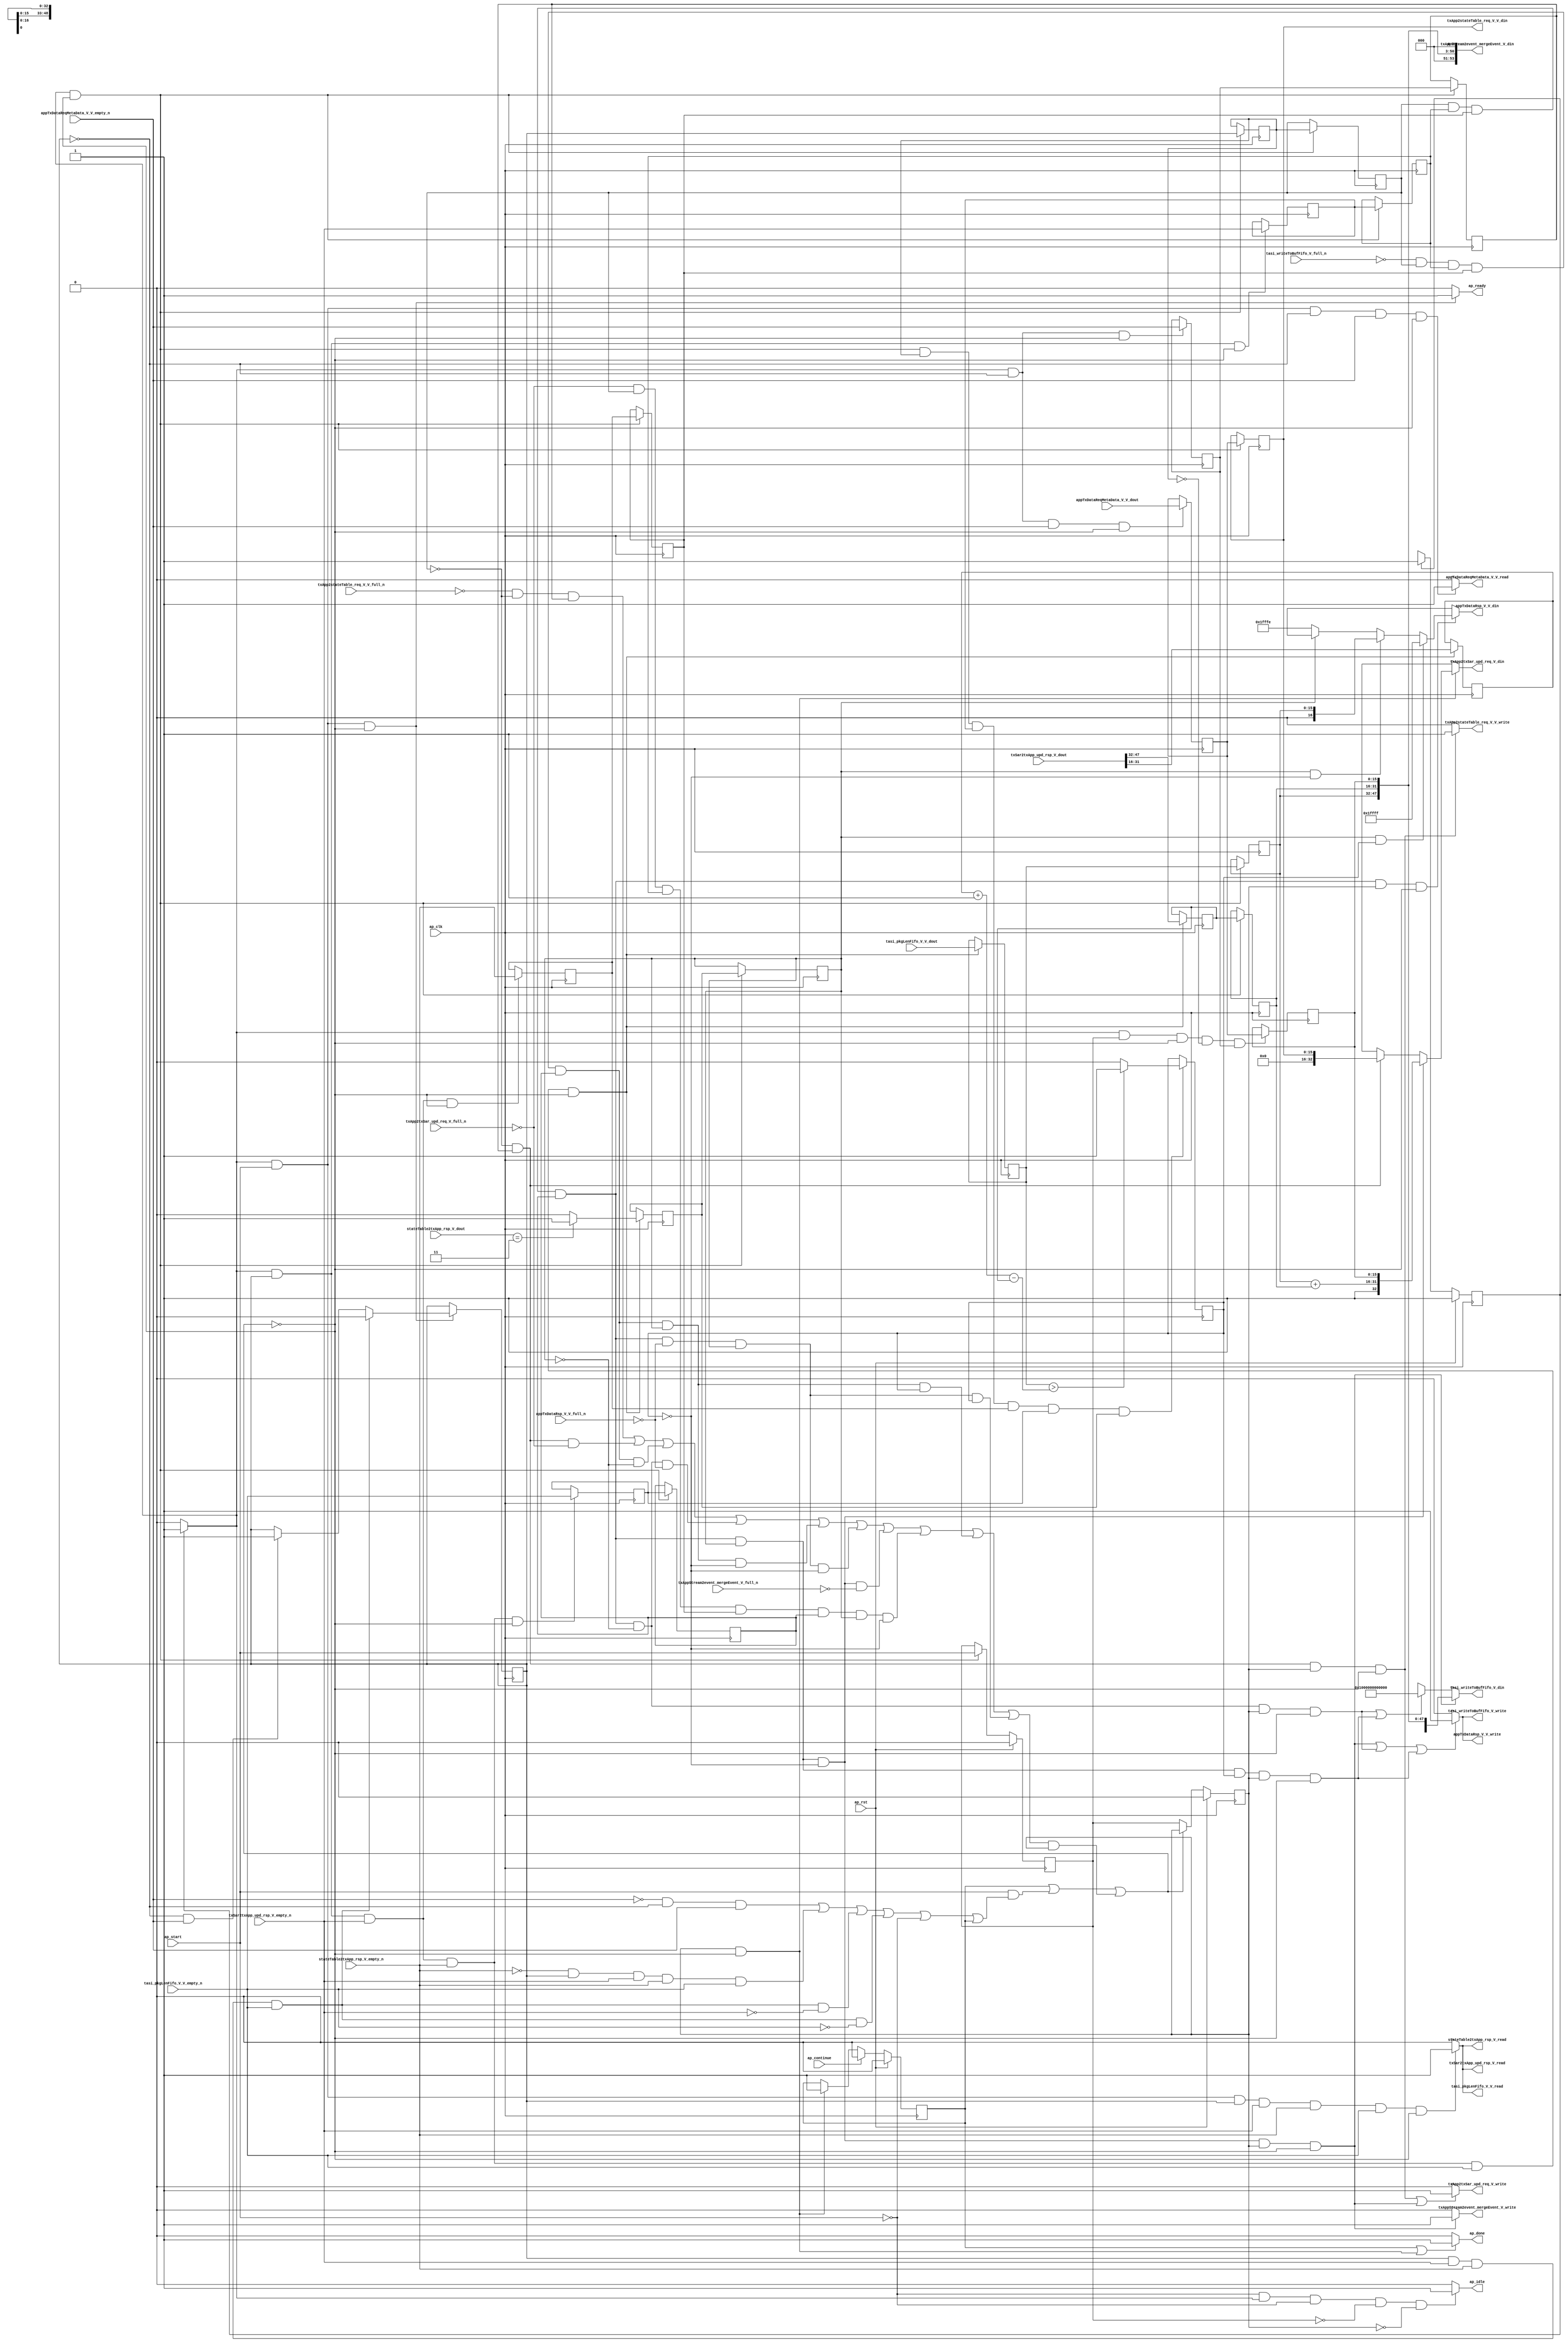
// ==============================================================
// RTL generated by Vivado(TM) HLS - High-Level Synthesis from C, C++ and SystemC
// Version: 2015.1
// Copyright (C) 2015 Xilinx Inc. All rights reserved.
// 
// ===========================================================

`timescale 1 ns / 1 ps 

module toe_tasi_metaLoader (
        ap_clk,
        ap_rst,
        ap_start,
        ap_done,
        ap_continue,
        ap_idle,
        ap_ready,
        appTxDataReqMetaData_V_V_dout,
        appTxDataReqMetaData_V_V_empty_n,
        appTxDataReqMetaData_V_V_read,
        stateTable2txApp_rsp_V_dout,
        stateTable2txApp_rsp_V_empty_n,
        stateTable2txApp_rsp_V_read,
        txSar2txApp_upd_rsp_V_dout,
        txSar2txApp_upd_rsp_V_empty_n,
        txSar2txApp_upd_rsp_V_read,
        tasi_pkgLenFifo_V_V_dout,
        tasi_pkgLenFifo_V_V_empty_n,
        tasi_pkgLenFifo_V_V_read,
        txApp2stateTable_req_V_V_din,
        txApp2stateTable_req_V_V_full_n,
        txApp2stateTable_req_V_V_write,
        txApp2txSar_upd_req_V_din,
        txApp2txSar_upd_req_V_full_n,
        txApp2txSar_upd_req_V_write,
        tasi_writeToBufFifo_V_din,
        tasi_writeToBufFifo_V_full_n,
        tasi_writeToBufFifo_V_write,
        appTxDataRsp_V_V_din,
        appTxDataRsp_V_V_full_n,
        appTxDataRsp_V_V_write,
        txAppStream2event_mergeEvent_V_din,
        txAppStream2event_mergeEvent_V_full_n,
        txAppStream2event_mergeEvent_V_write
);

parameter    ap_const_logic_1 = 1'b1;
parameter    ap_const_logic_0 = 1'b0;
parameter    ap_ST_pp0_stg0_fsm_0 = 1'b1;
parameter    ap_const_lv32_0 = 32'b00000000000000000000000000000000;
parameter    ap_const_lv1_1 = 1'b1;
parameter    ap_const_lv1_0 = 1'b0;
parameter    ap_const_lv49_1000000000000 = 49'b1000000000000000000000000000000000000000000000000;
parameter    ap_const_lv17_1FFFE = 17'b11111111111111110;
parameter    ap_const_lv17_1FFFF = 17'b11111111111111111;
parameter    ap_const_lv32_10 = 32'b10000;
parameter    ap_const_lv32_1F = 32'b11111;
parameter    ap_const_lv32_20 = 32'b100000;
parameter    ap_const_lv32_2F = 32'b101111;
parameter    ap_const_lv4_3 = 4'b11;
parameter    ap_const_lv16_FFFF = 16'b1111111111111111;
parameter    ap_const_lv17_0 = 17'b00000000000000000;
parameter    ap_const_lv3_0 = 3'b000;
parameter    ap_true = 1'b1;

input   ap_clk;
input   ap_rst;
input   ap_start;
output   ap_done;
input   ap_continue;
output   ap_idle;
output   ap_ready;
input  [15:0] appTxDataReqMetaData_V_V_dout;
input   appTxDataReqMetaData_V_V_empty_n;
output   appTxDataReqMetaData_V_V_read;
input  [3:0] stateTable2txApp_rsp_V_dout;
input   stateTable2txApp_rsp_V_empty_n;
output   stateTable2txApp_rsp_V_read;
input  [47:0] txSar2txApp_upd_rsp_V_dout;
input   txSar2txApp_upd_rsp_V_empty_n;
output   txSar2txApp_upd_rsp_V_read;
input  [15:0] tasi_pkgLenFifo_V_V_dout;
input   tasi_pkgLenFifo_V_V_empty_n;
output   tasi_pkgLenFifo_V_V_read;
output  [15:0] txApp2stateTable_req_V_V_din;
input   txApp2stateTable_req_V_V_full_n;
output   txApp2stateTable_req_V_V_write;
output  [32:0] txApp2txSar_upd_req_V_din;
input   txApp2txSar_upd_req_V_full_n;
output   txApp2txSar_upd_req_V_write;
output  [48:0] tasi_writeToBufFifo_V_din;
input   tasi_writeToBufFifo_V_full_n;
output   tasi_writeToBufFifo_V_write;
output  [16:0] appTxDataRsp_V_V_din;
input   appTxDataRsp_V_V_full_n;
output   appTxDataRsp_V_V_write;
output  [53:0] txAppStream2event_mergeEvent_V_din;
input   txAppStream2event_mergeEvent_V_full_n;
output   txAppStream2event_mergeEvent_V_write;

reg ap_done;
reg ap_idle;
reg ap_ready;
reg appTxDataReqMetaData_V_V_read;
reg stateTable2txApp_rsp_V_read;
reg txSar2txApp_upd_rsp_V_read;
reg tasi_pkgLenFifo_V_V_read;
reg txApp2stateTable_req_V_V_write;
reg[32:0] txApp2txSar_upd_req_V_din;
reg txApp2txSar_upd_req_V_write;
reg[48:0] tasi_writeToBufFifo_V_din;
reg tasi_writeToBufFifo_V_write;
reg[16:0] appTxDataRsp_V_V_din;
reg appTxDataRsp_V_V_write;
reg txAppStream2event_mergeEvent_V_write;
reg    ap_done_reg = 1'b0;
(* fsm_encoding = "none" *) reg   [0:0] ap_CS_fsm = 1'b1;
reg    ap_sig_cseq_ST_pp0_stg0_fsm_0;
reg    ap_sig_bdd_20;
wire    ap_reg_ppiten_pp0_it0;
reg    ap_reg_ppiten_pp0_it1 = 1'b0;
reg    ap_reg_ppiten_pp0_it2 = 1'b0;
wire   [0:0] tmp_nbreadreq_fu_182_p3;
wire   [0:0] tmp_55_nbreadreq_fu_196_p3;
wire   [0:0] tmp_56_nbreadreq_fu_204_p3;
wire   [0:0] tmp_57_nbreadreq_fu_212_p3;
reg    ap_sig_bdd_89;
reg   [0:0] tai_state_load_reg_394;
reg   [0:0] ap_reg_ppstg_tai_state_load_reg_394_pp0_it1;
reg   [0:0] tmp_reg_398;
reg   [0:0] ap_reg_ppstg_tmp_reg_398_pp0_it1;
reg   [0:0] tmp_55_reg_409;
reg   [0:0] ap_reg_ppstg_tmp_55_reg_409_pp0_it1;
reg   [0:0] tmp_56_reg_413;
reg   [0:0] ap_reg_ppstg_tmp_56_reg_413_pp0_it1;
reg   [0:0] tmp_57_reg_417;
reg   [0:0] ap_reg_ppstg_tmp_57_reg_417_pp0_it1;
reg   [0:0] tmp_79_reg_443;
reg   [0:0] ap_reg_ppstg_tmp_79_reg_443_pp0_it1;
reg   [0:0] tmp_80_reg_447;
reg    ap_sig_bdd_171;
reg   [0:0] tai_state = 1'b0;
reg   [15:0] tasi_writeSessionID_V = 16'b0000000000000000;
reg   [15:0] tmp_V_4_reg_402;
reg   [15:0] ap_reg_ppstg_tmp_V_4_reg_402_pp0_it1;
reg   [15:0] tmp_ackd_V_load_new_reg_421;
reg   [15:0] tmp_address_V_reg_426;
reg   [15:0] ap_reg_ppstg_tmp_address_V_reg_426_pp0_it1;
reg   [15:0] tmp_V_5_reg_434;
reg   [15:0] ap_reg_ppstg_tmp_V_5_reg_434_pp0_it1;
wire   [0:0] tmp_79_fu_307_p2;
wire   [0:0] tmp_80_fu_334_p2;
wire   [32:0] tmp44_fu_339_p3;
wire   [32:0] tmp_6_fu_383_p4;
wire   [48:0] tmp_4_fu_351_p5;
wire   [16:0] tmp_V_fu_362_p1;
wire   [15:0] tmp_s_fu_324_p2;
wire   [15:0] tmp_78_fu_329_p2;
wire   [15:0] tmp_mempt_V_fu_379_p2;
reg   [0:0] ap_NS_fsm;
reg    ap_sig_pprstidle_pp0;
reg    ap_sig_bdd_349;
reg    ap_sig_bdd_351;
reg    ap_sig_bdd_348;
reg    ap_sig_bdd_50;
reg    ap_sig_bdd_69;
reg    ap_sig_bdd_178;
reg    ap_sig_bdd_105;
reg    ap_sig_bdd_149;
reg    ap_sig_bdd_235;




/// the current state (ap_CS_fsm) of the state machine. ///
always @ (posedge ap_clk)
begin : ap_ret_ap_CS_fsm
    if (ap_rst == 1'b1) begin
        ap_CS_fsm <= ap_ST_pp0_stg0_fsm_0;
    end else begin
        ap_CS_fsm <= ap_NS_fsm;
    end
end

/// ap_done_reg assign process. ///
always @ (posedge ap_clk)
begin : ap_ret_ap_done_reg
    if (ap_rst == 1'b1) begin
        ap_done_reg <= ap_const_logic_0;
    end else begin
        if ((ap_const_logic_1 == ap_continue)) begin
            ap_done_reg <= ap_const_logic_0;
        end else if (((ap_const_logic_1 == ap_reg_ppiten_pp0_it2) & ~((ap_done_reg == ap_const_logic_1) | ((ap_const_logic_1 == ap_reg_ppiten_pp0_it0) & ap_sig_bdd_89) | (ap_sig_bdd_171 & (ap_const_logic_1 == ap_reg_ppiten_pp0_it2))))) begin
            ap_done_reg <= ap_const_logic_1;
        end
    end
end

/// ap_reg_ppiten_pp0_it1 assign process. ///
always @ (posedge ap_clk)
begin : ap_ret_ap_reg_ppiten_pp0_it1
    if (ap_rst == 1'b1) begin
        ap_reg_ppiten_pp0_it1 <= ap_const_logic_0;
    end else begin
        if (((ap_const_logic_1 == ap_sig_cseq_ST_pp0_stg0_fsm_0) & ~((ap_done_reg == ap_const_logic_1) | ((ap_const_logic_1 == ap_reg_ppiten_pp0_it0) & ap_sig_bdd_89) | (ap_sig_bdd_171 & (ap_const_logic_1 == ap_reg_ppiten_pp0_it2))))) begin
            ap_reg_ppiten_pp0_it1 <= ap_reg_ppiten_pp0_it0;
        end
    end
end

/// ap_reg_ppiten_pp0_it2 assign process. ///
always @ (posedge ap_clk)
begin : ap_ret_ap_reg_ppiten_pp0_it2
    if (ap_rst == 1'b1) begin
        ap_reg_ppiten_pp0_it2 <= ap_const_logic_0;
    end else begin
        if (~((ap_done_reg == ap_const_logic_1) | ((ap_const_logic_1 == ap_reg_ppiten_pp0_it0) & ap_sig_bdd_89) | (ap_sig_bdd_171 & (ap_const_logic_1 == ap_reg_ppiten_pp0_it2)))) begin
            ap_reg_ppiten_pp0_it2 <= ap_reg_ppiten_pp0_it1;
        end
    end
end

/// assign process. ///
always @(posedge ap_clk)
begin
    if (ap_sig_bdd_178) begin
        if (ap_sig_bdd_69) begin
            tai_state <= ap_const_lv1_0;
        end else if (ap_sig_bdd_50) begin
            tai_state <= ap_const_lv1_1;
        end
    end
end

/// assign process. ///
always @(posedge ap_clk)
begin
    if (((ap_const_logic_1 == ap_sig_cseq_ST_pp0_stg0_fsm_0) & ~((ap_done_reg == ap_const_logic_1) | ((ap_const_logic_1 == ap_reg_ppiten_pp0_it0) & ap_sig_bdd_89) | (ap_sig_bdd_171 & (ap_const_logic_1 == ap_reg_ppiten_pp0_it2))))) begin
        ap_reg_ppstg_tai_state_load_reg_394_pp0_it1 <= tai_state_load_reg_394;
        ap_reg_ppstg_tmp_55_reg_409_pp0_it1 <= tmp_55_reg_409;
        ap_reg_ppstg_tmp_56_reg_413_pp0_it1 <= tmp_56_reg_413;
        ap_reg_ppstg_tmp_57_reg_417_pp0_it1 <= tmp_57_reg_417;
        ap_reg_ppstg_tmp_79_reg_443_pp0_it1 <= tmp_79_reg_443;
        ap_reg_ppstg_tmp_V_4_reg_402_pp0_it1 <= tmp_V_4_reg_402;
        ap_reg_ppstg_tmp_V_5_reg_434_pp0_it1 <= tmp_V_5_reg_434;
        ap_reg_ppstg_tmp_address_V_reg_426_pp0_it1 <= tmp_address_V_reg_426;
        ap_reg_ppstg_tmp_reg_398_pp0_it1 <= tmp_reg_398;
        tai_state_load_reg_394 <= tai_state;
    end
end

/// assign process. ///
always @(posedge ap_clk)
begin
    if (((ap_const_logic_1 == ap_sig_cseq_ST_pp0_stg0_fsm_0) & (ap_const_logic_1 == ap_reg_ppiten_pp0_it1) & ~((ap_done_reg == ap_const_logic_1) | ((ap_const_logic_1 == ap_reg_ppiten_pp0_it0) & ap_sig_bdd_89) | (ap_sig_bdd_171 & (ap_const_logic_1 == ap_reg_ppiten_pp0_it2))) & (ap_const_lv1_0 == tai_state_load_reg_394) & ~(ap_const_lv1_0 == tmp_reg_398))) begin
        tasi_writeSessionID_V <= tmp_V_4_reg_402;
    end
end

/// assign process. ///
always @(posedge ap_clk)
begin
    if (((ap_const_logic_1 == ap_sig_cseq_ST_pp0_stg0_fsm_0) & ~(tai_state == ap_const_lv1_0) & ~((ap_done_reg == ap_const_logic_1) | ((ap_const_logic_1 == ap_reg_ppiten_pp0_it0) & ap_sig_bdd_89) | (ap_sig_bdd_171 & (ap_const_logic_1 == ap_reg_ppiten_pp0_it2))))) begin
        tmp_55_reg_409 <= tmp_55_nbreadreq_fu_196_p3;
    end
end

/// assign process. ///
always @(posedge ap_clk)
begin
    if (((ap_const_logic_1 == ap_sig_cseq_ST_pp0_stg0_fsm_0) & ~(tai_state == ap_const_lv1_0) & ~(ap_const_lv1_0 == tmp_55_nbreadreq_fu_196_p3) & ~((ap_done_reg == ap_const_logic_1) | ((ap_const_logic_1 == ap_reg_ppiten_pp0_it0) & ap_sig_bdd_89) | (ap_sig_bdd_171 & (ap_const_logic_1 == ap_reg_ppiten_pp0_it2))))) begin
        tmp_56_reg_413 <= tmp_56_nbreadreq_fu_204_p3;
    end
end

/// assign process. ///
always @(posedge ap_clk)
begin
    if (((ap_const_logic_1 == ap_sig_cseq_ST_pp0_stg0_fsm_0) & ~(tai_state == ap_const_lv1_0) & ~(ap_const_lv1_0 == tmp_55_nbreadreq_fu_196_p3) & ~(ap_const_lv1_0 == tmp_56_nbreadreq_fu_204_p3) & ~((ap_done_reg == ap_const_logic_1) | ((ap_const_logic_1 == ap_reg_ppiten_pp0_it0) & ap_sig_bdd_89) | (ap_sig_bdd_171 & (ap_const_logic_1 == ap_reg_ppiten_pp0_it2))))) begin
        tmp_57_reg_417 <= tmp_57_nbreadreq_fu_212_p3;
    end
end

/// assign process. ///
always @(posedge ap_clk)
begin
    if (((ap_const_logic_1 == ap_sig_cseq_ST_pp0_stg0_fsm_0) & ~(tai_state == ap_const_lv1_0) & ~(ap_const_lv1_0 == tmp_55_nbreadreq_fu_196_p3) & ~(ap_const_lv1_0 == tmp_56_nbreadreq_fu_204_p3) & ~(ap_const_lv1_0 == tmp_57_nbreadreq_fu_212_p3) & ~((ap_done_reg == ap_const_logic_1) | ((ap_const_logic_1 == ap_reg_ppiten_pp0_it0) & ap_sig_bdd_89) | (ap_sig_bdd_171 & (ap_const_logic_1 == ap_reg_ppiten_pp0_it2))))) begin
        tmp_79_reg_443 <= tmp_79_fu_307_p2;
        tmp_V_5_reg_434 <= tasi_pkgLenFifo_V_V_dout;
        tmp_ackd_V_load_new_reg_421 <= {{txSar2txApp_upd_rsp_V_dout[ap_const_lv32_1F : ap_const_lv32_10]}};
        tmp_address_V_reg_426 <= {{txSar2txApp_upd_rsp_V_dout[ap_const_lv32_2F : ap_const_lv32_20]}};
    end
end

/// assign process. ///
always @(posedge ap_clk)
begin
    if (((ap_const_logic_1 == ap_sig_cseq_ST_pp0_stg0_fsm_0) & ~((ap_done_reg == ap_const_logic_1) | ((ap_const_logic_1 == ap_reg_ppiten_pp0_it0) & ap_sig_bdd_89) | (ap_sig_bdd_171 & (ap_const_logic_1 == ap_reg_ppiten_pp0_it2))) & ~(ap_const_lv1_0 == tai_state_load_reg_394) & ~(ap_const_lv1_0 == tmp_55_reg_409) & ~(ap_const_lv1_0 == tmp_56_reg_413) & ~(ap_const_lv1_0 == tmp_57_reg_417) & ~(ap_const_lv1_0 == tmp_79_reg_443))) begin
        tmp_80_reg_447 <= tmp_80_fu_334_p2;
    end
end

/// assign process. ///
always @(posedge ap_clk)
begin
    if (((ap_const_logic_1 == ap_sig_cseq_ST_pp0_stg0_fsm_0) & (tai_state == ap_const_lv1_0) & ~(ap_const_lv1_0 == tmp_nbreadreq_fu_182_p3) & ~((ap_done_reg == ap_const_logic_1) | ((ap_const_logic_1 == ap_reg_ppiten_pp0_it0) & ap_sig_bdd_89) | (ap_sig_bdd_171 & (ap_const_logic_1 == ap_reg_ppiten_pp0_it2))))) begin
        tmp_V_4_reg_402 <= appTxDataReqMetaData_V_V_dout;
    end
end

/// assign process. ///
always @(posedge ap_clk)
begin
    if (((ap_const_logic_1 == ap_sig_cseq_ST_pp0_stg0_fsm_0) & (tai_state == ap_const_lv1_0) & ~((ap_done_reg == ap_const_logic_1) | ((ap_const_logic_1 == ap_reg_ppiten_pp0_it0) & ap_sig_bdd_89) | (ap_sig_bdd_171 & (ap_const_logic_1 == ap_reg_ppiten_pp0_it2))))) begin
        tmp_reg_398 <= tmp_nbreadreq_fu_182_p3;
    end
end

/// ap_done assign process. ///
always @ (ap_done_reg or ap_reg_ppiten_pp0_it0 or ap_reg_ppiten_pp0_it2 or ap_sig_bdd_89 or ap_sig_bdd_171)
begin
    if (((ap_const_logic_1 == ap_done_reg) | ((ap_const_logic_1 == ap_reg_ppiten_pp0_it2) & ~((ap_done_reg == ap_const_logic_1) | ((ap_const_logic_1 == ap_reg_ppiten_pp0_it0) & ap_sig_bdd_89) | (ap_sig_bdd_171 & (ap_const_logic_1 == ap_reg_ppiten_pp0_it2)))))) begin
        ap_done = ap_const_logic_1;
    end else begin
        ap_done = ap_const_logic_0;
    end
end

/// ap_idle assign process. ///
always @ (ap_start or ap_sig_cseq_ST_pp0_stg0_fsm_0 or ap_reg_ppiten_pp0_it0 or ap_reg_ppiten_pp0_it1 or ap_reg_ppiten_pp0_it2)
begin
    if ((~(ap_const_logic_1 == ap_start) & (ap_const_logic_1 == ap_sig_cseq_ST_pp0_stg0_fsm_0) & (ap_const_logic_0 == ap_reg_ppiten_pp0_it0) & (ap_const_logic_0 == ap_reg_ppiten_pp0_it1) & (ap_const_logic_0 == ap_reg_ppiten_pp0_it2))) begin
        ap_idle = ap_const_logic_1;
    end else begin
        ap_idle = ap_const_logic_0;
    end
end

/// ap_ready assign process. ///
always @ (ap_done_reg or ap_sig_cseq_ST_pp0_stg0_fsm_0 or ap_reg_ppiten_pp0_it0 or ap_reg_ppiten_pp0_it2 or ap_sig_bdd_89 or ap_sig_bdd_171)
begin
    if (((ap_const_logic_1 == ap_sig_cseq_ST_pp0_stg0_fsm_0) & (ap_const_logic_1 == ap_reg_ppiten_pp0_it0) & ~((ap_done_reg == ap_const_logic_1) | ((ap_const_logic_1 == ap_reg_ppiten_pp0_it0) & ap_sig_bdd_89) | (ap_sig_bdd_171 & (ap_const_logic_1 == ap_reg_ppiten_pp0_it2))))) begin
        ap_ready = ap_const_logic_1;
    end else begin
        ap_ready = ap_const_logic_0;
    end
end

/// ap_sig_cseq_ST_pp0_stg0_fsm_0 assign process. ///
always @ (ap_sig_bdd_20)
begin
    if (ap_sig_bdd_20) begin
        ap_sig_cseq_ST_pp0_stg0_fsm_0 = ap_const_logic_1;
    end else begin
        ap_sig_cseq_ST_pp0_stg0_fsm_0 = ap_const_logic_0;
    end
end

/// ap_sig_pprstidle_pp0 assign process. ///
always @ (ap_start or ap_reg_ppiten_pp0_it0 or ap_reg_ppiten_pp0_it1)
begin
    if (((ap_const_logic_0 == ap_reg_ppiten_pp0_it0) & (ap_const_logic_0 == ap_reg_ppiten_pp0_it1) & (ap_const_logic_0 == ap_start))) begin
        ap_sig_pprstidle_pp0 = ap_const_logic_1;
    end else begin
        ap_sig_pprstidle_pp0 = ap_const_logic_0;
    end
end

/// appTxDataReqMetaData_V_V_read assign process. ///
always @ (ap_done_reg or ap_sig_cseq_ST_pp0_stg0_fsm_0 or ap_reg_ppiten_pp0_it0 or ap_reg_ppiten_pp0_it2 or tmp_nbreadreq_fu_182_p3 or ap_sig_bdd_89 or ap_sig_bdd_171 or tai_state)
begin
    if (((ap_const_logic_1 == ap_sig_cseq_ST_pp0_stg0_fsm_0) & (ap_const_logic_1 == ap_reg_ppiten_pp0_it0) & (tai_state == ap_const_lv1_0) & ~(ap_const_lv1_0 == tmp_nbreadreq_fu_182_p3) & ~((ap_done_reg == ap_const_logic_1) | ((ap_const_logic_1 == ap_reg_ppiten_pp0_it0) & ap_sig_bdd_89) | (ap_sig_bdd_171 & (ap_const_logic_1 == ap_reg_ppiten_pp0_it2))))) begin
        appTxDataReqMetaData_V_V_read = ap_const_logic_1;
    end else begin
        appTxDataReqMetaData_V_V_read = ap_const_logic_0;
    end
end

/// appTxDataRsp_V_V_din assign process. ///
always @ (ap_reg_ppstg_tmp_79_reg_443_pp0_it1 or tmp_V_fu_362_p1 or ap_sig_bdd_349 or ap_sig_bdd_351 or ap_sig_bdd_348)
begin
    if (ap_sig_bdd_348) begin
        if (ap_sig_bdd_351) begin
            appTxDataRsp_V_V_din = ap_const_lv17_1FFFF;
        end else if (ap_sig_bdd_349) begin
            appTxDataRsp_V_V_din = tmp_V_fu_362_p1;
        end else if ((ap_const_lv1_0 == ap_reg_ppstg_tmp_79_reg_443_pp0_it1)) begin
            appTxDataRsp_V_V_din = ap_const_lv17_1FFFE;
        end else begin
            appTxDataRsp_V_V_din = 'bx;
        end
    end else begin
        appTxDataRsp_V_V_din = 'bx;
    end
end

/// appTxDataRsp_V_V_write assign process. ///
always @ (ap_done_reg or ap_reg_ppiten_pp0_it0 or ap_reg_ppiten_pp0_it2 or ap_sig_bdd_89 or ap_reg_ppstg_tai_state_load_reg_394_pp0_it1 or ap_reg_ppstg_tmp_55_reg_409_pp0_it1 or ap_reg_ppstg_tmp_56_reg_413_pp0_it1 or ap_reg_ppstg_tmp_57_reg_417_pp0_it1 or ap_reg_ppstg_tmp_79_reg_443_pp0_it1 or tmp_80_reg_447 or ap_sig_bdd_171)
begin
    if (((~(ap_const_lv1_0 == ap_reg_ppstg_tai_state_load_reg_394_pp0_it1) & ~(ap_const_lv1_0 == ap_reg_ppstg_tmp_55_reg_409_pp0_it1) & ~(ap_const_lv1_0 == ap_reg_ppstg_tmp_56_reg_413_pp0_it1) & ~(ap_const_lv1_0 == ap_reg_ppstg_tmp_57_reg_417_pp0_it1) & ~(ap_const_lv1_0 == ap_reg_ppstg_tmp_79_reg_443_pp0_it1) & (ap_const_lv1_0 == tmp_80_reg_447) & (ap_const_logic_1 == ap_reg_ppiten_pp0_it2) & ~((ap_done_reg == ap_const_logic_1) | ((ap_const_logic_1 == ap_reg_ppiten_pp0_it0) & ap_sig_bdd_89) | (ap_sig_bdd_171 & (ap_const_logic_1 == ap_reg_ppiten_pp0_it2)))) | (~(ap_const_lv1_0 == ap_reg_ppstg_tai_state_load_reg_394_pp0_it1) & ~(ap_const_lv1_0 == ap_reg_ppstg_tmp_55_reg_409_pp0_it1) & ~(ap_const_lv1_0 == ap_reg_ppstg_tmp_56_reg_413_pp0_it1) & ~(ap_const_lv1_0 == ap_reg_ppstg_tmp_57_reg_417_pp0_it1) & (ap_const_lv1_0 == ap_reg_ppstg_tmp_79_reg_443_pp0_it1) & (ap_const_logic_1 == ap_reg_ppiten_pp0_it2) & ~((ap_done_reg == ap_const_logic_1) | ((ap_const_logic_1 == ap_reg_ppiten_pp0_it0) & ap_sig_bdd_89) | (ap_sig_bdd_171 & (ap_const_logic_1 == ap_reg_ppiten_pp0_it2)))) | (~(ap_const_lv1_0 == ap_reg_ppstg_tai_state_load_reg_394_pp0_it1) & ~(ap_const_lv1_0 == ap_reg_ppstg_tmp_55_reg_409_pp0_it1) & ~(ap_const_lv1_0 == ap_reg_ppstg_tmp_56_reg_413_pp0_it1) & ~(ap_const_lv1_0 == ap_reg_ppstg_tmp_57_reg_417_pp0_it1) & ~(ap_const_lv1_0 == ap_reg_ppstg_tmp_79_reg_443_pp0_it1) & ~(ap_const_lv1_0 == tmp_80_reg_447) & (ap_const_logic_1 == ap_reg_ppiten_pp0_it2) & ~((ap_done_reg == ap_const_logic_1) | ((ap_const_logic_1 == ap_reg_ppiten_pp0_it0) & ap_sig_bdd_89) | (ap_sig_bdd_171 & (ap_const_logic_1 == ap_reg_ppiten_pp0_it2)))))) begin
        appTxDataRsp_V_V_write = ap_const_logic_1;
    end else begin
        appTxDataRsp_V_V_write = ap_const_logic_0;
    end
end

/// stateTable2txApp_rsp_V_read assign process. ///
always @ (ap_done_reg or ap_sig_cseq_ST_pp0_stg0_fsm_0 or ap_reg_ppiten_pp0_it0 or ap_reg_ppiten_pp0_it2 or tmp_55_nbreadreq_fu_196_p3 or tmp_56_nbreadreq_fu_204_p3 or tmp_57_nbreadreq_fu_212_p3 or ap_sig_bdd_89 or ap_sig_bdd_171 or tai_state)
begin
    if (((ap_const_logic_1 == ap_sig_cseq_ST_pp0_stg0_fsm_0) & (ap_const_logic_1 == ap_reg_ppiten_pp0_it0) & ~(tai_state == ap_const_lv1_0) & ~(ap_const_lv1_0 == tmp_55_nbreadreq_fu_196_p3) & ~(ap_const_lv1_0 == tmp_56_nbreadreq_fu_204_p3) & ~(ap_const_lv1_0 == tmp_57_nbreadreq_fu_212_p3) & ~((ap_done_reg == ap_const_logic_1) | ((ap_const_logic_1 == ap_reg_ppiten_pp0_it0) & ap_sig_bdd_89) | (ap_sig_bdd_171 & (ap_const_logic_1 == ap_reg_ppiten_pp0_it2))))) begin
        stateTable2txApp_rsp_V_read = ap_const_logic_1;
    end else begin
        stateTable2txApp_rsp_V_read = ap_const_logic_0;
    end
end

/// tasi_pkgLenFifo_V_V_read assign process. ///
always @ (ap_done_reg or ap_sig_cseq_ST_pp0_stg0_fsm_0 or ap_reg_ppiten_pp0_it0 or ap_reg_ppiten_pp0_it2 or tmp_55_nbreadreq_fu_196_p3 or tmp_56_nbreadreq_fu_204_p3 or tmp_57_nbreadreq_fu_212_p3 or ap_sig_bdd_89 or ap_sig_bdd_171 or tai_state)
begin
    if (((ap_const_logic_1 == ap_sig_cseq_ST_pp0_stg0_fsm_0) & (ap_const_logic_1 == ap_reg_ppiten_pp0_it0) & ~(tai_state == ap_const_lv1_0) & ~(ap_const_lv1_0 == tmp_55_nbreadreq_fu_196_p3) & ~(ap_const_lv1_0 == tmp_56_nbreadreq_fu_204_p3) & ~(ap_const_lv1_0 == tmp_57_nbreadreq_fu_212_p3) & ~((ap_done_reg == ap_const_logic_1) | ((ap_const_logic_1 == ap_reg_ppiten_pp0_it0) & ap_sig_bdd_89) | (ap_sig_bdd_171 & (ap_const_logic_1 == ap_reg_ppiten_pp0_it2))))) begin
        tasi_pkgLenFifo_V_V_read = ap_const_logic_1;
    end else begin
        tasi_pkgLenFifo_V_V_read = ap_const_logic_0;
    end
end

/// tasi_writeToBufFifo_V_din assign process. ///
always @ (ap_done_reg or ap_reg_ppiten_pp0_it0 or ap_reg_ppiten_pp0_it2 or ap_sig_bdd_89 or ap_reg_ppstg_tai_state_load_reg_394_pp0_it1 or ap_reg_ppstg_tmp_55_reg_409_pp0_it1 or ap_reg_ppstg_tmp_56_reg_413_pp0_it1 or ap_reg_ppstg_tmp_57_reg_417_pp0_it1 or ap_reg_ppstg_tmp_79_reg_443_pp0_it1 or tmp_80_reg_447 or ap_sig_bdd_171 or tmp_4_fu_351_p5)
begin
    if ((~(ap_const_lv1_0 == ap_reg_ppstg_tai_state_load_reg_394_pp0_it1) & ~(ap_const_lv1_0 == ap_reg_ppstg_tmp_55_reg_409_pp0_it1) & ~(ap_const_lv1_0 == ap_reg_ppstg_tmp_56_reg_413_pp0_it1) & ~(ap_const_lv1_0 == ap_reg_ppstg_tmp_57_reg_417_pp0_it1) & ~(ap_const_lv1_0 == ap_reg_ppstg_tmp_79_reg_443_pp0_it1) & (ap_const_lv1_0 == tmp_80_reg_447) & (ap_const_logic_1 == ap_reg_ppiten_pp0_it2) & ~((ap_done_reg == ap_const_logic_1) | ((ap_const_logic_1 == ap_reg_ppiten_pp0_it0) & ap_sig_bdd_89) | (ap_sig_bdd_171 & (ap_const_logic_1 == ap_reg_ppiten_pp0_it2))))) begin
        tasi_writeToBufFifo_V_din = tmp_4_fu_351_p5;
    end else if (((~(ap_const_lv1_0 == ap_reg_ppstg_tai_state_load_reg_394_pp0_it1) & ~(ap_const_lv1_0 == ap_reg_ppstg_tmp_55_reg_409_pp0_it1) & ~(ap_const_lv1_0 == ap_reg_ppstg_tmp_56_reg_413_pp0_it1) & ~(ap_const_lv1_0 == ap_reg_ppstg_tmp_57_reg_417_pp0_it1) & (ap_const_lv1_0 == ap_reg_ppstg_tmp_79_reg_443_pp0_it1) & (ap_const_logic_1 == ap_reg_ppiten_pp0_it2) & ~((ap_done_reg == ap_const_logic_1) | ((ap_const_logic_1 == ap_reg_ppiten_pp0_it0) & ap_sig_bdd_89) | (ap_sig_bdd_171 & (ap_const_logic_1 == ap_reg_ppiten_pp0_it2)))) | (~(ap_const_lv1_0 == ap_reg_ppstg_tai_state_load_reg_394_pp0_it1) & ~(ap_const_lv1_0 == ap_reg_ppstg_tmp_55_reg_409_pp0_it1) & ~(ap_const_lv1_0 == ap_reg_ppstg_tmp_56_reg_413_pp0_it1) & ~(ap_const_lv1_0 == ap_reg_ppstg_tmp_57_reg_417_pp0_it1) & ~(ap_const_lv1_0 == ap_reg_ppstg_tmp_79_reg_443_pp0_it1) & ~(ap_const_lv1_0 == tmp_80_reg_447) & (ap_const_logic_1 == ap_reg_ppiten_pp0_it2) & ~((ap_done_reg == ap_const_logic_1) | ((ap_const_logic_1 == ap_reg_ppiten_pp0_it0) & ap_sig_bdd_89) | (ap_sig_bdd_171 & (ap_const_logic_1 == ap_reg_ppiten_pp0_it2)))))) begin
        tasi_writeToBufFifo_V_din = ap_const_lv49_1000000000000;
    end else begin
        tasi_writeToBufFifo_V_din = 'bx;
    end
end

/// tasi_writeToBufFifo_V_write assign process. ///
always @ (ap_done_reg or ap_reg_ppiten_pp0_it0 or ap_reg_ppiten_pp0_it2 or ap_sig_bdd_89 or ap_reg_ppstg_tai_state_load_reg_394_pp0_it1 or ap_reg_ppstg_tmp_55_reg_409_pp0_it1 or ap_reg_ppstg_tmp_56_reg_413_pp0_it1 or ap_reg_ppstg_tmp_57_reg_417_pp0_it1 or ap_reg_ppstg_tmp_79_reg_443_pp0_it1 or tmp_80_reg_447 or ap_sig_bdd_171)
begin
    if (((~(ap_const_lv1_0 == ap_reg_ppstg_tai_state_load_reg_394_pp0_it1) & ~(ap_const_lv1_0 == ap_reg_ppstg_tmp_55_reg_409_pp0_it1) & ~(ap_const_lv1_0 == ap_reg_ppstg_tmp_56_reg_413_pp0_it1) & ~(ap_const_lv1_0 == ap_reg_ppstg_tmp_57_reg_417_pp0_it1) & ~(ap_const_lv1_0 == ap_reg_ppstg_tmp_79_reg_443_pp0_it1) & (ap_const_lv1_0 == tmp_80_reg_447) & (ap_const_logic_1 == ap_reg_ppiten_pp0_it2) & ~((ap_done_reg == ap_const_logic_1) | ((ap_const_logic_1 == ap_reg_ppiten_pp0_it0) & ap_sig_bdd_89) | (ap_sig_bdd_171 & (ap_const_logic_1 == ap_reg_ppiten_pp0_it2)))) | (~(ap_const_lv1_0 == ap_reg_ppstg_tai_state_load_reg_394_pp0_it1) & ~(ap_const_lv1_0 == ap_reg_ppstg_tmp_55_reg_409_pp0_it1) & ~(ap_const_lv1_0 == ap_reg_ppstg_tmp_56_reg_413_pp0_it1) & ~(ap_const_lv1_0 == ap_reg_ppstg_tmp_57_reg_417_pp0_it1) & (ap_const_lv1_0 == ap_reg_ppstg_tmp_79_reg_443_pp0_it1) & (ap_const_logic_1 == ap_reg_ppiten_pp0_it2) & ~((ap_done_reg == ap_const_logic_1) | ((ap_const_logic_1 == ap_reg_ppiten_pp0_it0) & ap_sig_bdd_89) | (ap_sig_bdd_171 & (ap_const_logic_1 == ap_reg_ppiten_pp0_it2)))) | (~(ap_const_lv1_0 == ap_reg_ppstg_tai_state_load_reg_394_pp0_it1) & ~(ap_const_lv1_0 == ap_reg_ppstg_tmp_55_reg_409_pp0_it1) & ~(ap_const_lv1_0 == ap_reg_ppstg_tmp_56_reg_413_pp0_it1) & ~(ap_const_lv1_0 == ap_reg_ppstg_tmp_57_reg_417_pp0_it1) & ~(ap_const_lv1_0 == ap_reg_ppstg_tmp_79_reg_443_pp0_it1) & ~(ap_const_lv1_0 == tmp_80_reg_447) & (ap_const_logic_1 == ap_reg_ppiten_pp0_it2) & ~((ap_done_reg == ap_const_logic_1) | ((ap_const_logic_1 == ap_reg_ppiten_pp0_it0) & ap_sig_bdd_89) | (ap_sig_bdd_171 & (ap_const_logic_1 == ap_reg_ppiten_pp0_it2)))))) begin
        tasi_writeToBufFifo_V_write = ap_const_logic_1;
    end else begin
        tasi_writeToBufFifo_V_write = ap_const_logic_0;
    end
end

/// txApp2stateTable_req_V_V_write assign process. ///
always @ (ap_done_reg or ap_reg_ppiten_pp0_it0 or ap_reg_ppiten_pp0_it2 or ap_sig_bdd_89 or ap_reg_ppstg_tai_state_load_reg_394_pp0_it1 or ap_reg_ppstg_tmp_reg_398_pp0_it1 or ap_sig_bdd_171)
begin
    if (((ap_const_lv1_0 == ap_reg_ppstg_tai_state_load_reg_394_pp0_it1) & ~(ap_const_lv1_0 == ap_reg_ppstg_tmp_reg_398_pp0_it1) & (ap_const_logic_1 == ap_reg_ppiten_pp0_it2) & ~((ap_done_reg == ap_const_logic_1) | ((ap_const_logic_1 == ap_reg_ppiten_pp0_it0) & ap_sig_bdd_89) | (ap_sig_bdd_171 & (ap_const_logic_1 == ap_reg_ppiten_pp0_it2))))) begin
        txApp2stateTable_req_V_V_write = ap_const_logic_1;
    end else begin
        txApp2stateTable_req_V_V_write = ap_const_logic_0;
    end
end

/// txApp2txSar_upd_req_V_din assign process. ///
always @ (tmp44_fu_339_p3 or tmp_6_fu_383_p4 or ap_sig_bdd_105 or ap_sig_bdd_149 or ap_sig_bdd_235)
begin
    if (ap_sig_bdd_235) begin
        if (ap_sig_bdd_149) begin
            txApp2txSar_upd_req_V_din = tmp_6_fu_383_p4;
        end else if (ap_sig_bdd_105) begin
            txApp2txSar_upd_req_V_din = tmp44_fu_339_p3;
        end else begin
            txApp2txSar_upd_req_V_din = 'bx;
        end
    end else begin
        txApp2txSar_upd_req_V_din = 'bx;
    end
end

/// txApp2txSar_upd_req_V_write assign process. ///
always @ (ap_done_reg or ap_reg_ppiten_pp0_it0 or ap_reg_ppiten_pp0_it2 or ap_sig_bdd_89 or ap_reg_ppstg_tai_state_load_reg_394_pp0_it1 or ap_reg_ppstg_tmp_reg_398_pp0_it1 or ap_reg_ppstg_tmp_55_reg_409_pp0_it1 or ap_reg_ppstg_tmp_56_reg_413_pp0_it1 or ap_reg_ppstg_tmp_57_reg_417_pp0_it1 or ap_reg_ppstg_tmp_79_reg_443_pp0_it1 or tmp_80_reg_447 or ap_sig_bdd_171)
begin
    if ((((ap_const_lv1_0 == ap_reg_ppstg_tai_state_load_reg_394_pp0_it1) & ~(ap_const_lv1_0 == ap_reg_ppstg_tmp_reg_398_pp0_it1) & (ap_const_logic_1 == ap_reg_ppiten_pp0_it2) & ~((ap_done_reg == ap_const_logic_1) | ((ap_const_logic_1 == ap_reg_ppiten_pp0_it0) & ap_sig_bdd_89) | (ap_sig_bdd_171 & (ap_const_logic_1 == ap_reg_ppiten_pp0_it2)))) | (~(ap_const_lv1_0 == ap_reg_ppstg_tai_state_load_reg_394_pp0_it1) & ~(ap_const_lv1_0 == ap_reg_ppstg_tmp_55_reg_409_pp0_it1) & ~(ap_const_lv1_0 == ap_reg_ppstg_tmp_56_reg_413_pp0_it1) & ~(ap_const_lv1_0 == ap_reg_ppstg_tmp_57_reg_417_pp0_it1) & ~(ap_const_lv1_0 == ap_reg_ppstg_tmp_79_reg_443_pp0_it1) & (ap_const_lv1_0 == tmp_80_reg_447) & (ap_const_logic_1 == ap_reg_ppiten_pp0_it2) & ~((ap_done_reg == ap_const_logic_1) | ((ap_const_logic_1 == ap_reg_ppiten_pp0_it0) & ap_sig_bdd_89) | (ap_sig_bdd_171 & (ap_const_logic_1 == ap_reg_ppiten_pp0_it2)))))) begin
        txApp2txSar_upd_req_V_write = ap_const_logic_1;
    end else begin
        txApp2txSar_upd_req_V_write = ap_const_logic_0;
    end
end

/// txAppStream2event_mergeEvent_V_write assign process. ///
always @ (ap_done_reg or ap_reg_ppiten_pp0_it0 or ap_reg_ppiten_pp0_it2 or ap_sig_bdd_89 or ap_reg_ppstg_tai_state_load_reg_394_pp0_it1 or ap_reg_ppstg_tmp_55_reg_409_pp0_it1 or ap_reg_ppstg_tmp_56_reg_413_pp0_it1 or ap_reg_ppstg_tmp_57_reg_417_pp0_it1 or ap_reg_ppstg_tmp_79_reg_443_pp0_it1 or tmp_80_reg_447 or ap_sig_bdd_171)
begin
    if ((~(ap_const_lv1_0 == ap_reg_ppstg_tai_state_load_reg_394_pp0_it1) & ~(ap_const_lv1_0 == ap_reg_ppstg_tmp_55_reg_409_pp0_it1) & ~(ap_const_lv1_0 == ap_reg_ppstg_tmp_56_reg_413_pp0_it1) & ~(ap_const_lv1_0 == ap_reg_ppstg_tmp_57_reg_417_pp0_it1) & ~(ap_const_lv1_0 == ap_reg_ppstg_tmp_79_reg_443_pp0_it1) & (ap_const_lv1_0 == tmp_80_reg_447) & (ap_const_logic_1 == ap_reg_ppiten_pp0_it2) & ~((ap_done_reg == ap_const_logic_1) | ((ap_const_logic_1 == ap_reg_ppiten_pp0_it0) & ap_sig_bdd_89) | (ap_sig_bdd_171 & (ap_const_logic_1 == ap_reg_ppiten_pp0_it2))))) begin
        txAppStream2event_mergeEvent_V_write = ap_const_logic_1;
    end else begin
        txAppStream2event_mergeEvent_V_write = ap_const_logic_0;
    end
end

/// txSar2txApp_upd_rsp_V_read assign process. ///
always @ (ap_done_reg or ap_sig_cseq_ST_pp0_stg0_fsm_0 or ap_reg_ppiten_pp0_it0 or ap_reg_ppiten_pp0_it2 or tmp_55_nbreadreq_fu_196_p3 or tmp_56_nbreadreq_fu_204_p3 or tmp_57_nbreadreq_fu_212_p3 or ap_sig_bdd_89 or ap_sig_bdd_171 or tai_state)
begin
    if (((ap_const_logic_1 == ap_sig_cseq_ST_pp0_stg0_fsm_0) & (ap_const_logic_1 == ap_reg_ppiten_pp0_it0) & ~(tai_state == ap_const_lv1_0) & ~(ap_const_lv1_0 == tmp_55_nbreadreq_fu_196_p3) & ~(ap_const_lv1_0 == tmp_56_nbreadreq_fu_204_p3) & ~(ap_const_lv1_0 == tmp_57_nbreadreq_fu_212_p3) & ~((ap_done_reg == ap_const_logic_1) | ((ap_const_logic_1 == ap_reg_ppiten_pp0_it0) & ap_sig_bdd_89) | (ap_sig_bdd_171 & (ap_const_logic_1 == ap_reg_ppiten_pp0_it2))))) begin
        txSar2txApp_upd_rsp_V_read = ap_const_logic_1;
    end else begin
        txSar2txApp_upd_rsp_V_read = ap_const_logic_0;
    end
end
/// the next state (ap_NS_fsm) of the state machine. ///
always @ (ap_done_reg or ap_CS_fsm or ap_reg_ppiten_pp0_it0 or ap_reg_ppiten_pp0_it2 or ap_sig_bdd_89 or ap_sig_bdd_171 or ap_sig_pprstidle_pp0)
begin
    case (ap_CS_fsm)
        ap_ST_pp0_stg0_fsm_0 : 
        begin
            ap_NS_fsm = ap_ST_pp0_stg0_fsm_0;
        end
        default : 
        begin
            ap_NS_fsm = 'bx;
        end
    endcase
end

assign ap_reg_ppiten_pp0_it0 = ap_start;

/// ap_sig_bdd_105 assign process. ///
always @ (ap_reg_ppstg_tai_state_load_reg_394_pp0_it1 or ap_reg_ppstg_tmp_reg_398_pp0_it1)
begin
    ap_sig_bdd_105 = ((ap_const_lv1_0 == ap_reg_ppstg_tai_state_load_reg_394_pp0_it1) & ~(ap_const_lv1_0 == ap_reg_ppstg_tmp_reg_398_pp0_it1));
end

/// ap_sig_bdd_149 assign process. ///
always @ (ap_reg_ppstg_tai_state_load_reg_394_pp0_it1 or ap_reg_ppstg_tmp_55_reg_409_pp0_it1 or ap_reg_ppstg_tmp_56_reg_413_pp0_it1 or ap_reg_ppstg_tmp_57_reg_417_pp0_it1 or ap_reg_ppstg_tmp_79_reg_443_pp0_it1 or tmp_80_reg_447)
begin
    ap_sig_bdd_149 = (~(ap_const_lv1_0 == ap_reg_ppstg_tai_state_load_reg_394_pp0_it1) & ~(ap_const_lv1_0 == ap_reg_ppstg_tmp_55_reg_409_pp0_it1) & ~(ap_const_lv1_0 == ap_reg_ppstg_tmp_56_reg_413_pp0_it1) & ~(ap_const_lv1_0 == ap_reg_ppstg_tmp_57_reg_417_pp0_it1) & ~(ap_const_lv1_0 == ap_reg_ppstg_tmp_79_reg_443_pp0_it1) & (ap_const_lv1_0 == tmp_80_reg_447));
end

/// ap_sig_bdd_171 assign process. ///
always @ (txApp2stateTable_req_V_V_full_n or ap_reg_ppstg_tai_state_load_reg_394_pp0_it1 or ap_reg_ppstg_tmp_reg_398_pp0_it1 or txApp2txSar_upd_req_V_full_n or tasi_writeToBufFifo_V_full_n or ap_reg_ppstg_tmp_55_reg_409_pp0_it1 or ap_reg_ppstg_tmp_56_reg_413_pp0_it1 or ap_reg_ppstg_tmp_57_reg_417_pp0_it1 or ap_reg_ppstg_tmp_79_reg_443_pp0_it1 or appTxDataRsp_V_V_full_n or tmp_80_reg_447 or txAppStream2event_mergeEvent_V_full_n)
begin
    ap_sig_bdd_171 = (((txApp2stateTable_req_V_V_full_n == ap_const_logic_0) & (ap_const_lv1_0 == ap_reg_ppstg_tai_state_load_reg_394_pp0_it1) & ~(ap_const_lv1_0 == ap_reg_ppstg_tmp_reg_398_pp0_it1)) | ((ap_const_lv1_0 == ap_reg_ppstg_tai_state_load_reg_394_pp0_it1) & ~(ap_const_lv1_0 == ap_reg_ppstg_tmp_reg_398_pp0_it1) & (txApp2txSar_upd_req_V_full_n == ap_const_logic_0)) | ((tasi_writeToBufFifo_V_full_n == ap_const_logic_0) & ~(ap_const_lv1_0 == ap_reg_ppstg_tai_state_load_reg_394_pp0_it1) & ~(ap_const_lv1_0 == ap_reg_ppstg_tmp_55_reg_409_pp0_it1) & ~(ap_const_lv1_0 == ap_reg_ppstg_tmp_56_reg_413_pp0_it1) & ~(ap_const_lv1_0 == ap_reg_ppstg_tmp_57_reg_417_pp0_it1) & (ap_const_lv1_0 == ap_reg_ppstg_tmp_79_reg_443_pp0_it1)) | (~(ap_const_lv1_0 == ap_reg_ppstg_tai_state_load_reg_394_pp0_it1) & ~(ap_const_lv1_0 == ap_reg_ppstg_tmp_55_reg_409_pp0_it1) & ~(ap_const_lv1_0 == ap_reg_ppstg_tmp_56_reg_413_pp0_it1) & ~(ap_const_lv1_0 == ap_reg_ppstg_tmp_57_reg_417_pp0_it1) & (ap_const_lv1_0 == ap_reg_ppstg_tmp_79_reg_443_pp0_it1) & (appTxDataRsp_V_V_full_n == ap_const_logic_0)) | ((tasi_writeToBufFifo_V_full_n == ap_const_logic_0) & ~(ap_const_lv1_0 == ap_reg_ppstg_tai_state_load_reg_394_pp0_it1) & ~(ap_const_lv1_0 == ap_reg_ppstg_tmp_55_reg_409_pp0_it1) & ~(ap_const_lv1_0 == ap_reg_ppstg_tmp_56_reg_413_pp0_it1) & ~(ap_const_lv1_0 == ap_reg_ppstg_tmp_57_reg_417_pp0_it1) & ~(ap_const_lv1_0 == ap_reg_ppstg_tmp_79_reg_443_pp0_it1) & (ap_const_lv1_0 == tmp_80_reg_447)) | (~(ap_const_lv1_0 == ap_reg_ppstg_tai_state_load_reg_394_pp0_it1) & ~(ap_const_lv1_0 == ap_reg_ppstg_tmp_55_reg_409_pp0_it1) & ~(ap_const_lv1_0 == ap_reg_ppstg_tmp_56_reg_413_pp0_it1) & ~(ap_const_lv1_0 == ap_reg_ppstg_tmp_57_reg_417_pp0_it1) & (appTxDataRsp_V_V_full_n == ap_const_logic_0) & ~(ap_const_lv1_0 == ap_reg_ppstg_tmp_79_reg_443_pp0_it1) & (ap_const_lv1_0 == tmp_80_reg_447)) | (~(ap_const_lv1_0 == ap_reg_ppstg_tai_state_load_reg_394_pp0_it1) & ~(ap_const_lv1_0 == ap_reg_ppstg_tmp_55_reg_409_pp0_it1) & ~(ap_const_lv1_0 == ap_reg_ppstg_tmp_56_reg_413_pp0_it1) & ~(ap_const_lv1_0 == ap_reg_ppstg_tmp_57_reg_417_pp0_it1) & ~(ap_const_lv1_0 == ap_reg_ppstg_tmp_79_reg_443_pp0_it1) & (ap_const_lv1_0 == tmp_80_reg_447) & (txAppStream2event_mergeEvent_V_full_n == ap_const_logic_0)) | ((txApp2txSar_upd_req_V_full_n == ap_const_logic_0) & ~(ap_const_lv1_0 == ap_reg_ppstg_tai_state_load_reg_394_pp0_it1) & ~(ap_const_lv1_0 == ap_reg_ppstg_tmp_55_reg_409_pp0_it1) & ~(ap_const_lv1_0 == ap_reg_ppstg_tmp_56_reg_413_pp0_it1) & ~(ap_const_lv1_0 == ap_reg_ppstg_tmp_57_reg_417_pp0_it1) & ~(ap_const_lv1_0 == ap_reg_ppstg_tmp_79_reg_443_pp0_it1) & (ap_const_lv1_0 == tmp_80_reg_447)) | ((tasi_writeToBufFifo_V_full_n == ap_const_logic_0) & ~(ap_const_lv1_0 == ap_reg_ppstg_tai_state_load_reg_394_pp0_it1) & ~(ap_const_lv1_0 == ap_reg_ppstg_tmp_55_reg_409_pp0_it1) & ~(ap_const_lv1_0 == ap_reg_ppstg_tmp_56_reg_413_pp0_it1) & ~(ap_const_lv1_0 == ap_reg_ppstg_tmp_57_reg_417_pp0_it1) & ~(ap_const_lv1_0 == ap_reg_ppstg_tmp_79_reg_443_pp0_it1) & ~(ap_const_lv1_0 == tmp_80_reg_447)) | (~(ap_const_lv1_0 == ap_reg_ppstg_tai_state_load_reg_394_pp0_it1) & ~(ap_const_lv1_0 == ap_reg_ppstg_tmp_55_reg_409_pp0_it1) & ~(ap_const_lv1_0 == ap_reg_ppstg_tmp_56_reg_413_pp0_it1) & ~(ap_const_lv1_0 == ap_reg_ppstg_tmp_57_reg_417_pp0_it1) & (appTxDataRsp_V_V_full_n == ap_const_logic_0) & ~(ap_const_lv1_0 == ap_reg_ppstg_tmp_79_reg_443_pp0_it1) & ~(ap_const_lv1_0 == tmp_80_reg_447)));
end

/// ap_sig_bdd_178 assign process. ///
always @ (ap_done_reg or ap_sig_cseq_ST_pp0_stg0_fsm_0 or ap_reg_ppiten_pp0_it0 or ap_reg_ppiten_pp0_it2 or ap_sig_bdd_89 or ap_sig_bdd_171)
begin
    ap_sig_bdd_178 = ((ap_const_logic_1 == ap_sig_cseq_ST_pp0_stg0_fsm_0) & (ap_const_logic_1 == ap_reg_ppiten_pp0_it0) & ~((ap_done_reg == ap_const_logic_1) | ((ap_const_logic_1 == ap_reg_ppiten_pp0_it0) & ap_sig_bdd_89) | (ap_sig_bdd_171 & (ap_const_logic_1 == ap_reg_ppiten_pp0_it2))));
end

/// ap_sig_bdd_20 assign process. ///
always @ (ap_CS_fsm)
begin
    ap_sig_bdd_20 = (ap_CS_fsm[ap_const_lv32_0] == ap_const_lv1_1);
end

/// ap_sig_bdd_235 assign process. ///
always @ (ap_done_reg or ap_reg_ppiten_pp0_it0 or ap_reg_ppiten_pp0_it2 or ap_sig_bdd_89 or ap_sig_bdd_171)
begin
    ap_sig_bdd_235 = ((ap_const_logic_1 == ap_reg_ppiten_pp0_it2) & ~((ap_done_reg == ap_const_logic_1) | ((ap_const_logic_1 == ap_reg_ppiten_pp0_it0) & ap_sig_bdd_89) | (ap_sig_bdd_171 & (ap_const_logic_1 == ap_reg_ppiten_pp0_it2))));
end

/// ap_sig_bdd_348 assign process. ///
always @ (ap_done_reg or ap_reg_ppiten_pp0_it0 or ap_reg_ppiten_pp0_it2 or ap_sig_bdd_89 or ap_reg_ppstg_tai_state_load_reg_394_pp0_it1 or ap_reg_ppstg_tmp_55_reg_409_pp0_it1 or ap_reg_ppstg_tmp_56_reg_413_pp0_it1 or ap_reg_ppstg_tmp_57_reg_417_pp0_it1 or ap_sig_bdd_171)
begin
    ap_sig_bdd_348 = (~(ap_const_lv1_0 == ap_reg_ppstg_tai_state_load_reg_394_pp0_it1) & ~(ap_const_lv1_0 == ap_reg_ppstg_tmp_55_reg_409_pp0_it1) & ~(ap_const_lv1_0 == ap_reg_ppstg_tmp_56_reg_413_pp0_it1) & ~(ap_const_lv1_0 == ap_reg_ppstg_tmp_57_reg_417_pp0_it1) & (ap_const_logic_1 == ap_reg_ppiten_pp0_it2) & ~((ap_done_reg == ap_const_logic_1) | ((ap_const_logic_1 == ap_reg_ppiten_pp0_it0) & ap_sig_bdd_89) | (ap_sig_bdd_171 & (ap_const_logic_1 == ap_reg_ppiten_pp0_it2))));
end

/// ap_sig_bdd_349 assign process. ///
always @ (ap_reg_ppstg_tmp_79_reg_443_pp0_it1 or tmp_80_reg_447)
begin
    ap_sig_bdd_349 = (~(ap_const_lv1_0 == ap_reg_ppstg_tmp_79_reg_443_pp0_it1) & (ap_const_lv1_0 == tmp_80_reg_447));
end

/// ap_sig_bdd_351 assign process. ///
always @ (ap_reg_ppstg_tmp_79_reg_443_pp0_it1 or tmp_80_reg_447)
begin
    ap_sig_bdd_351 = (~(ap_const_lv1_0 == ap_reg_ppstg_tmp_79_reg_443_pp0_it1) & ~(ap_const_lv1_0 == tmp_80_reg_447));
end

/// ap_sig_bdd_50 assign process. ///
always @ (tmp_nbreadreq_fu_182_p3 or tai_state)
begin
    ap_sig_bdd_50 = ((tai_state == ap_const_lv1_0) & ~(ap_const_lv1_0 == tmp_nbreadreq_fu_182_p3));
end

/// ap_sig_bdd_69 assign process. ///
always @ (tmp_55_nbreadreq_fu_196_p3 or tmp_56_nbreadreq_fu_204_p3 or tmp_57_nbreadreq_fu_212_p3 or tai_state)
begin
    ap_sig_bdd_69 = (~(tai_state == ap_const_lv1_0) & ~(ap_const_lv1_0 == tmp_55_nbreadreq_fu_196_p3) & ~(ap_const_lv1_0 == tmp_56_nbreadreq_fu_204_p3) & ~(ap_const_lv1_0 == tmp_57_nbreadreq_fu_212_p3));
end

/// ap_sig_bdd_89 assign process. ///
always @ (ap_start or ap_done_reg or appTxDataReqMetaData_V_V_empty_n or tmp_nbreadreq_fu_182_p3 or stateTable2txApp_rsp_V_empty_n or tmp_55_nbreadreq_fu_196_p3 or tmp_56_nbreadreq_fu_204_p3 or tmp_57_nbreadreq_fu_212_p3 or txSar2txApp_upd_rsp_V_empty_n or tasi_pkgLenFifo_V_V_empty_n or tai_state)
begin
    ap_sig_bdd_89 = (((appTxDataReqMetaData_V_V_empty_n == ap_const_logic_0) & (tai_state == ap_const_lv1_0) & ~(ap_const_lv1_0 == tmp_nbreadreq_fu_182_p3)) | ((stateTable2txApp_rsp_V_empty_n == ap_const_logic_0) & ~(tai_state == ap_const_lv1_0) & ~(ap_const_lv1_0 == tmp_55_nbreadreq_fu_196_p3) & ~(ap_const_lv1_0 == tmp_56_nbreadreq_fu_204_p3) & ~(ap_const_lv1_0 == tmp_57_nbreadreq_fu_212_p3)) | (~(tai_state == ap_const_lv1_0) & ~(ap_const_lv1_0 == tmp_55_nbreadreq_fu_196_p3) & ~(ap_const_lv1_0 == tmp_56_nbreadreq_fu_204_p3) & ~(ap_const_lv1_0 == tmp_57_nbreadreq_fu_212_p3) & (txSar2txApp_upd_rsp_V_empty_n == ap_const_logic_0)) | (~(tai_state == ap_const_lv1_0) & ~(ap_const_lv1_0 == tmp_55_nbreadreq_fu_196_p3) & ~(ap_const_lv1_0 == tmp_56_nbreadreq_fu_204_p3) & ~(ap_const_lv1_0 == tmp_57_nbreadreq_fu_212_p3) & (tasi_pkgLenFifo_V_V_empty_n == ap_const_logic_0)) | (ap_start == ap_const_logic_0) | (ap_done_reg == ap_const_logic_1));
end
assign tmp44_fu_339_p3 = {{ap_const_lv17_0}, {ap_reg_ppstg_tmp_V_4_reg_402_pp0_it1}};
assign tmp_4_fu_351_p5 = {{{{{{ap_const_lv1_0}, {ap_reg_ppstg_tmp_V_5_reg_434_pp0_it1}}}, {ap_reg_ppstg_tmp_address_V_reg_426_pp0_it1}}}, {tasi_writeSessionID_V}};
assign tmp_55_nbreadreq_fu_196_p3 = txSar2txApp_upd_rsp_V_empty_n;
assign tmp_56_nbreadreq_fu_204_p3 = stateTable2txApp_rsp_V_empty_n;
assign tmp_57_nbreadreq_fu_212_p3 = tasi_pkgLenFifo_V_V_empty_n;
assign tmp_6_fu_383_p4 = {{{{ap_const_lv1_1}, {tmp_mempt_V_fu_379_p2}}}, {tasi_writeSessionID_V}};
assign tmp_78_fu_329_p2 = (tmp_s_fu_324_p2 - tmp_address_V_reg_426);
assign tmp_79_fu_307_p2 = (stateTable2txApp_rsp_V_dout == ap_const_lv4_3? 1'b1: 1'b0);
assign tmp_80_fu_334_p2 = (tmp_V_5_reg_434 > tmp_78_fu_329_p2? 1'b1: 1'b0);
assign tmp_V_fu_362_p1 = ap_reg_ppstg_tmp_V_5_reg_434_pp0_it1;
assign tmp_mempt_V_fu_379_p2 = (ap_reg_ppstg_tmp_V_5_reg_434_pp0_it1 + ap_reg_ppstg_tmp_address_V_reg_426_pp0_it1);
assign tmp_nbreadreq_fu_182_p3 = appTxDataReqMetaData_V_V_empty_n;
assign tmp_s_fu_324_p2 = ($signed(tmp_ackd_V_load_new_reg_421) + $signed(ap_const_lv16_FFFF));
assign txApp2stateTable_req_V_V_din = ap_reg_ppstg_tmp_V_4_reg_402_pp0_it1;
assign txAppStream2event_mergeEvent_V_din = {{{{{{{{ap_const_lv3_0}, {ap_reg_ppstg_tmp_V_5_reg_434_pp0_it1}}}, {ap_reg_ppstg_tmp_address_V_reg_426_pp0_it1}}}, {tasi_writeSessionID_V}}}, {ap_const_lv3_0}};


endmodule //toe_tasi_metaLoader